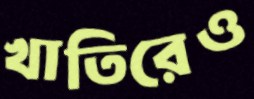
খাতিরেও